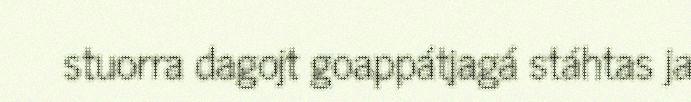
stuorra dagojt goappátjagá stáhtas ja